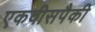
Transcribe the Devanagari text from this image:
एकवीसपैकी